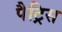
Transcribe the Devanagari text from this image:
पैट्रिस